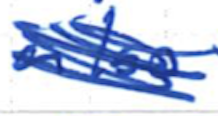
Text: also
Cross-out: scratch
Writing tool: ballpoint